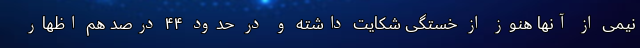
نیمی از آنها هنوز از خستگی شکایت داشته و در حدود ۴۴ درصد هم اظهار